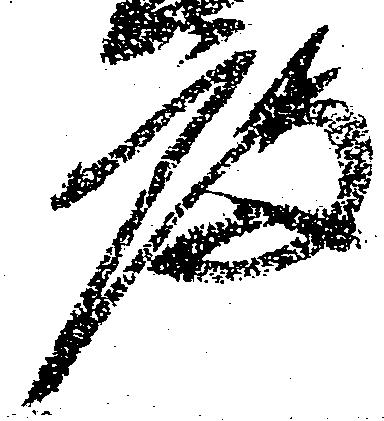
度